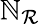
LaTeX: \mathbb{N}_{\mathcal{{R}}}